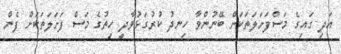
އަދި ގައިގެ މަސްފަށަލަތަކަށް ބޭނުންވާ ހިނދު ކުރުގަޅުވާދީ ހިތުގެ މަސް ފަށަލަތަކަށް ފެން